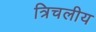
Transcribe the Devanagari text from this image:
त्रिचलीय